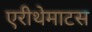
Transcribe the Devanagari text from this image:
एरीथेमाटस